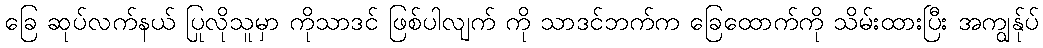
ခြေ ဆုပ်လက်နယ် ပြုလိုသူမှာ ကိုသာဒင် ဖြစ်ပါလျက် ကို သာဒင်ဘက်က ခြေထောက်ကို သိမ်းထားပြီး အကျွန်ုပ်